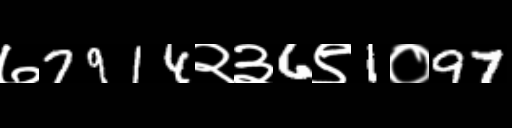
Text: ७7914२३6९1०97